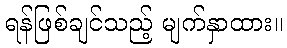
ရန်ဖြစ်ချင်သည့် မျက်နှာထား။